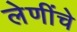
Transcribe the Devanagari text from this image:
लेणींचे